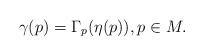
LaTeX: \begin{align*}\gamma(p) = \Gamma_p(\eta(p)), p \in M.\end{align*}